Indian journal of veterinary science and animal husbandry - Volume 14,
Year: 1944
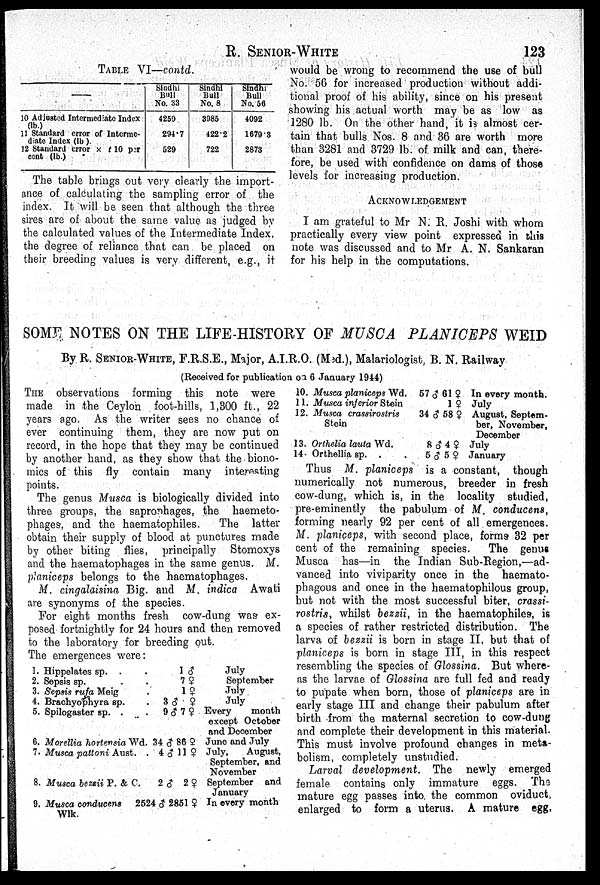
R.
SENIOR-WHITE
123
TABLE VI—contd.
—
10 Adjusted Intermediate Index
(lb)
11 Standard error of Interme
diate Index (lb).
12 Standard error × t 10 per
cent (lb.)
Sindhi
Bull
No. 33
4259
294.7
529
Sindhi
Bull
No. 8
3985
422.2
722
Sindhi
Bull
No. 56
4092
16793
2873
The table brings out very clearly the import
ance of calculating the sampling error of the
index. It will be seen that although the three
sires are of about the same value as judged by
the calculated values of the Intermediate Index,
the degree of reliance that can be placed on
their breeding values is very different, e.g., it
would be wrong to recommend the use of bull
No. 56 for increased production without addi
tional proof of his ability, since on his present
showing his actual worth may be as low as
1280 lb. On the other hand, it is almost cer
tain that bulls Nos. 8 and 36 are worth more
than 3281 and 3729 lb. of milk and can, there
fore, be used with confidence on dams of those
levels for increasing production.
ACKNOWLEDGEMENT
I am grateful to Mr N. R. Joshi with whom
practically every view point expressed in this
note was discussed and to Mr A. N. Sankaran
for his help in the computations.
SOME NOTES ON THE LIFE-HISTORY OF MUSCA PLANICEPS WEID
By R. SENIOR-WHITE, F.R.S.E., Major, A.I.R.O. (Med.), Malariologist, B. N. Railway
(Received for publication on 6 January 1944)
THE observations forming this note were
made in the Ceylon foot-hills, 1,300 ft., 22
years ago. As the writer sees no chance of
ever continuing them, they are now put on
record, in the hope that they may be continued
by another hand, as they show that the biono
mics of this fly contain many interesting
points.
The genus Musca is biologically divided into
three groups, the saprophages, the haemeto-
phages, and the haematophiles.
The latter
obtain their supply of blood at punctures made
by other biting flies, principally Stomoxys
and the haematophages in the same genus. M.
planiceps belongs to the haematophages.
M. cingalaisina Big. and M. indica Awati
are synonyms of the species.
For eight months fresh cow-dung was ex
posed fortnightly for 24 hours and then removed
to the laboratory for breeding out.
The emergences were:
1. Hippelates sp. . .
2. Sepsis sp. . .
3. Sepsis rufa Meig .
4. Brachyophyra sp. .
5. Spilogaster sp. . .
6. Morellia hortensia Wd.
7. Musca pattoni Aust. .
8. Musca bezzii P. & C.
9. Musca conducens
2524
Wlk.
1 ♂
79
1$
3 ♂ ♀
9 ♂ 7 ♀
34 ♂ 86 ♀
4 ♂ 11 ♀
2 ♂ 2♀
6* 2851 9
July
September
July
July
Every
month
except October
and December
June and July
July,
August,
September, and
November
September and
January
In every month
10. Musca planiceps Wd.
11. Musca inferior Stein
12. Musca crassirostris
Stein
13. Orthelia lauta Wd.
14. Orthellia sp. . .
57 ♂ 61 ♀
1 ♀
34 ♂ 58 ♀
8 ♂ 4 ♀
5 ♂ 5 ♀
In every month.
July
August, Septem
ber, November,
December
July
January
Thus M. planiceps is a constant, though
numerically not numerous, breeder in fresh
cow-dung, which is, in the locality studied,
pre-eminently the pabulum of M. conducens,
forming nearly 92 per cent of all emergences.
M. planiceps, with second place, forms 32 per
cent of the remaining species.
The genus
Musca has—in the Indian Sub-Region,—ad
vanced into viviparity once in the haemato-
phagous and once in the haematophilous group,
but not with the most successful biter, crassi-
rostris, whilst bezzii, in the haematophiles, is
a species of rather restricted distribution. The
larva of bezzii is born in stage II, but that of
planiceps is born in stage III, in this respect
resembling the species of Glossina. But where
as the larvae of Glossina are full fed and ready
to pupate when born, those of planiceps are in
early stage III and change their pabulum after
birth from the maternal secretion to cow-dung
and complete their development in this material.
This must involve profound changes in meta
bolism, completely unstudied.
Larval development.
The newly emerged
female contains only immature eggs. The
mature egg passes into the common oviduct,
enlarged to form a uterus. A mature egg,